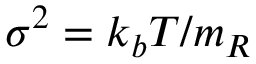
\sigma ^ { 2 } = k _ { b } T / m _ { R }